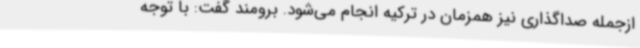
ازجمله صداگذاری نیز همزمان در ترکیه انجام می‌شود. برومند گفت: با توجه